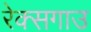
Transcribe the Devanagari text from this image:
रेक्सगाउ